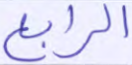
الرابع